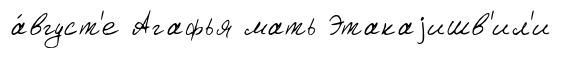
а́вгуст'е Агафья мать Этакаjишв'ил'и